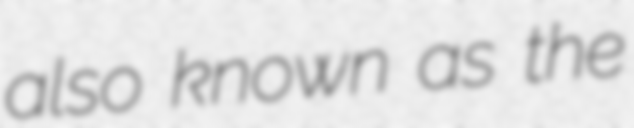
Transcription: also known as the